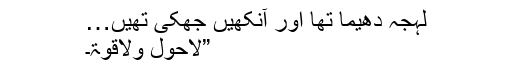
لہجہ دھیما تھا اور آنکھیں جھکی تھیں…
”لاحول ولاقوۃ۔